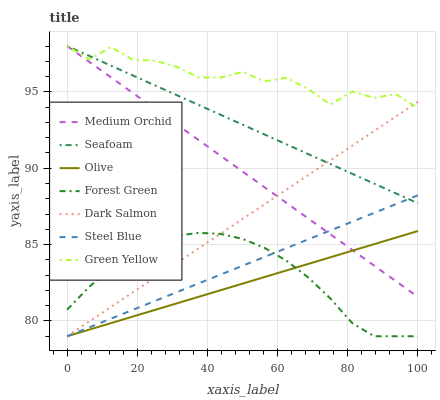
| xaxis_label | Medium Orchid | Seafoam | Olive | Forest Green | Dark Salmon | Steel Blue | Green Yellow |
 | --- | --- | --- | --- | --- | --- | --- | --- |
 | 0 | 98 | 98 | 79 | 80.7 | 79 | 79 | 98 |
 | 6.25 | 97 | 97.4 | 79.4 | 82.2 | 80 | 79.6 | 97.1 |
 | 12.5 | 95.9 | 96.7 | 79.9 | 83.5 | 80.9 | 80.2 | 97.9 |
 | 18.8 | 94.9 | 96.1 | 80.3 | 84.4 | 81.9 | 80.7 | 97.1 |
 | 25 | 93.9 | 95.4 | 80.7 | 85.1 | 82.8 | 81.3 | 97 |
 | 31.2 | 92.9 | 94.8 | 81.2 | 85.6 | 83.8 | 81.9 | 96.6 |
 | 37.5 | 91.8 | 94.1 | 81.6 | 85.8 | 84.8 | 82.5 | 95.9 |
 | 43.8 | 90.8 | 93.5 | 82 | 85.7 | 85.7 | 83 | 95.9 |
 | 50 | 89.8 | 92.9 | 82.4 | 85.4 | 86.7 | 83.6 | 96.3 |
 | 56.2 | 88.8 | 92.2 | 82.9 | 84.8 | 87.6 | 84.2 | 95.7 |
 | 62.5 | 87.7 | 91.6 | 83.3 | 83.9 | 88.6 | 84.8 | 95.9 |
 | 68.8 | 86.7 | 90.9 | 83.7 | 82.8 | 89.6 | 85.3 | 95.2 |
 | 75 | 85.7 | 90.3 | 84.2 | 81.5 | 90.5 | 85.9 | 94.2 |
 | 81.2 | 84.7 | 89.6 | 84.6 | 79.9 | 91.5 | 86.5 | 95 |
 | 87.5 | 83.6 | 89 | 85 | 79 | 92.4 | 87.1 | 94.6 |
 | 93.8 | 82.6 | 88.3 | 85.5 | 79 | 93.4 | 87.7 | 94.9 |
 | 100 | 81.6 | 87.7 | 85.9 | 79 | 94.4 | 88.2 | 93.9 |